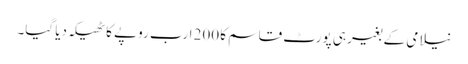
نیلامی کے بغیر ہی پورٹ قاسم کا 200 ارب روپے کا ٹھیکہ دیا گیا۔